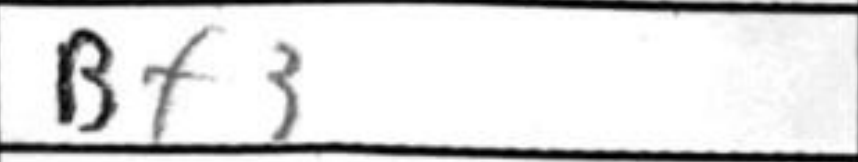
Transcription: Bf3